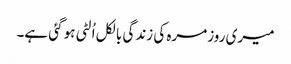
میری روزمرہ کی زندگی بالکل اُلٹی ہو گئی ہے۔